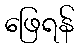
ဖြေရန်